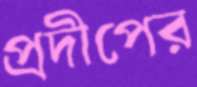
প্রদীপের